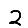
Digit: 2